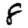
Digit: 8